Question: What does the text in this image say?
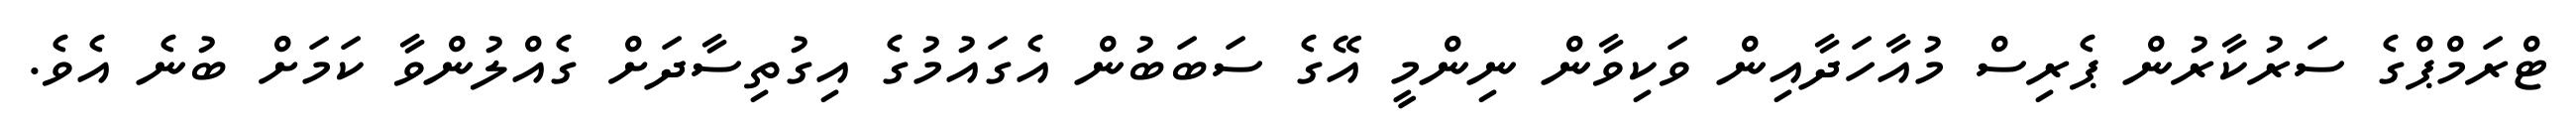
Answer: ޓްރަމްޕްގެ ސަރުކާރުން ޕެރިސް މުއާހަދާއިން ވަކިވާން ނިންމީ އޭގެ ސަބަބުން އެގައުމުގެ އިގުތިސާދަށް ގެއްލުންވާ ކަމަށް ބުނެ އެވެ.